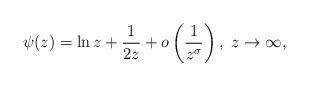
LaTeX: \begin{align*} \psi(z) = \ln z + \frac{1}{2z} + o \left(\frac{1}{z^\sigma} \right), \, \, z \to \infty, \end{align*}